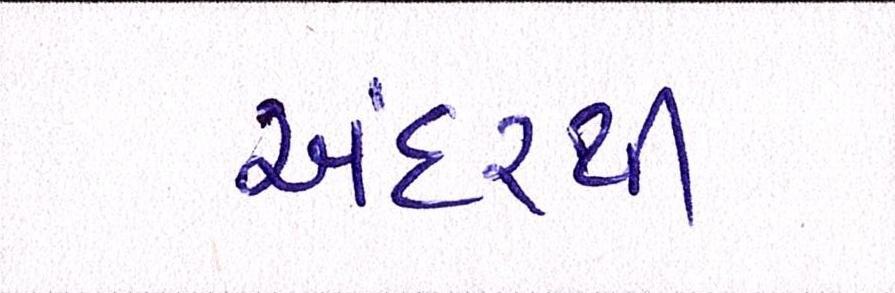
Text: અંદરથી